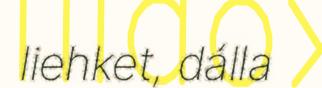
liehket, dálla